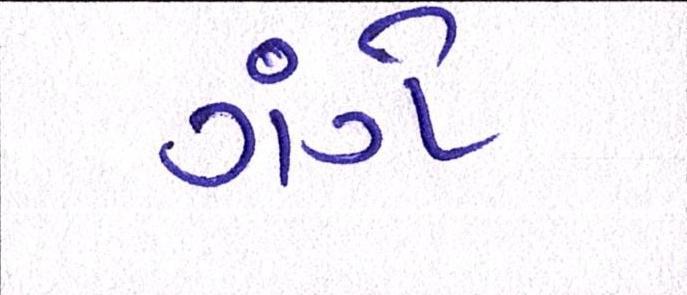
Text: ગંગે